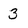
Character: 3